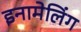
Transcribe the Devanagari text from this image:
इनामेलिंग